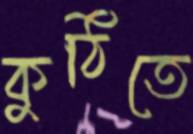
কুঠিতে